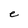
Character: e